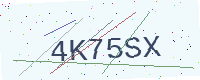
Text: 4K75SX